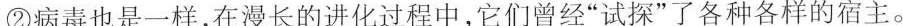
②病毒也是一样，在漫长的进化过程中，它们曾经”试探”了各种各样的宿主。